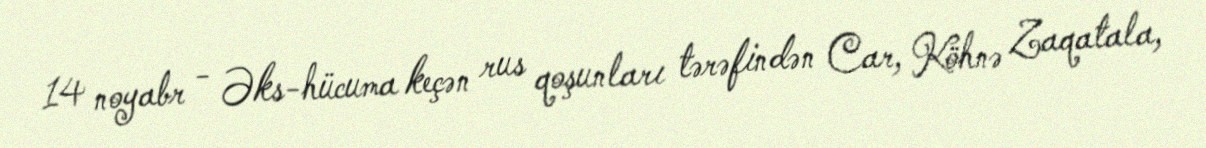
14 noyabr - Əks-hücuma keçən rus qoşunları tərəfindən Car, Köhnə Zaqatala,